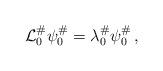
LaTeX: \begin{align*}\mathcal L_0^\# \psi_0^\# = \lambda_0^\# \psi_0^\#\,,\end{align*}